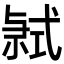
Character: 𭚤